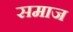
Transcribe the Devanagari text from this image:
समाज